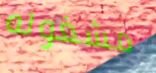
مشغوله